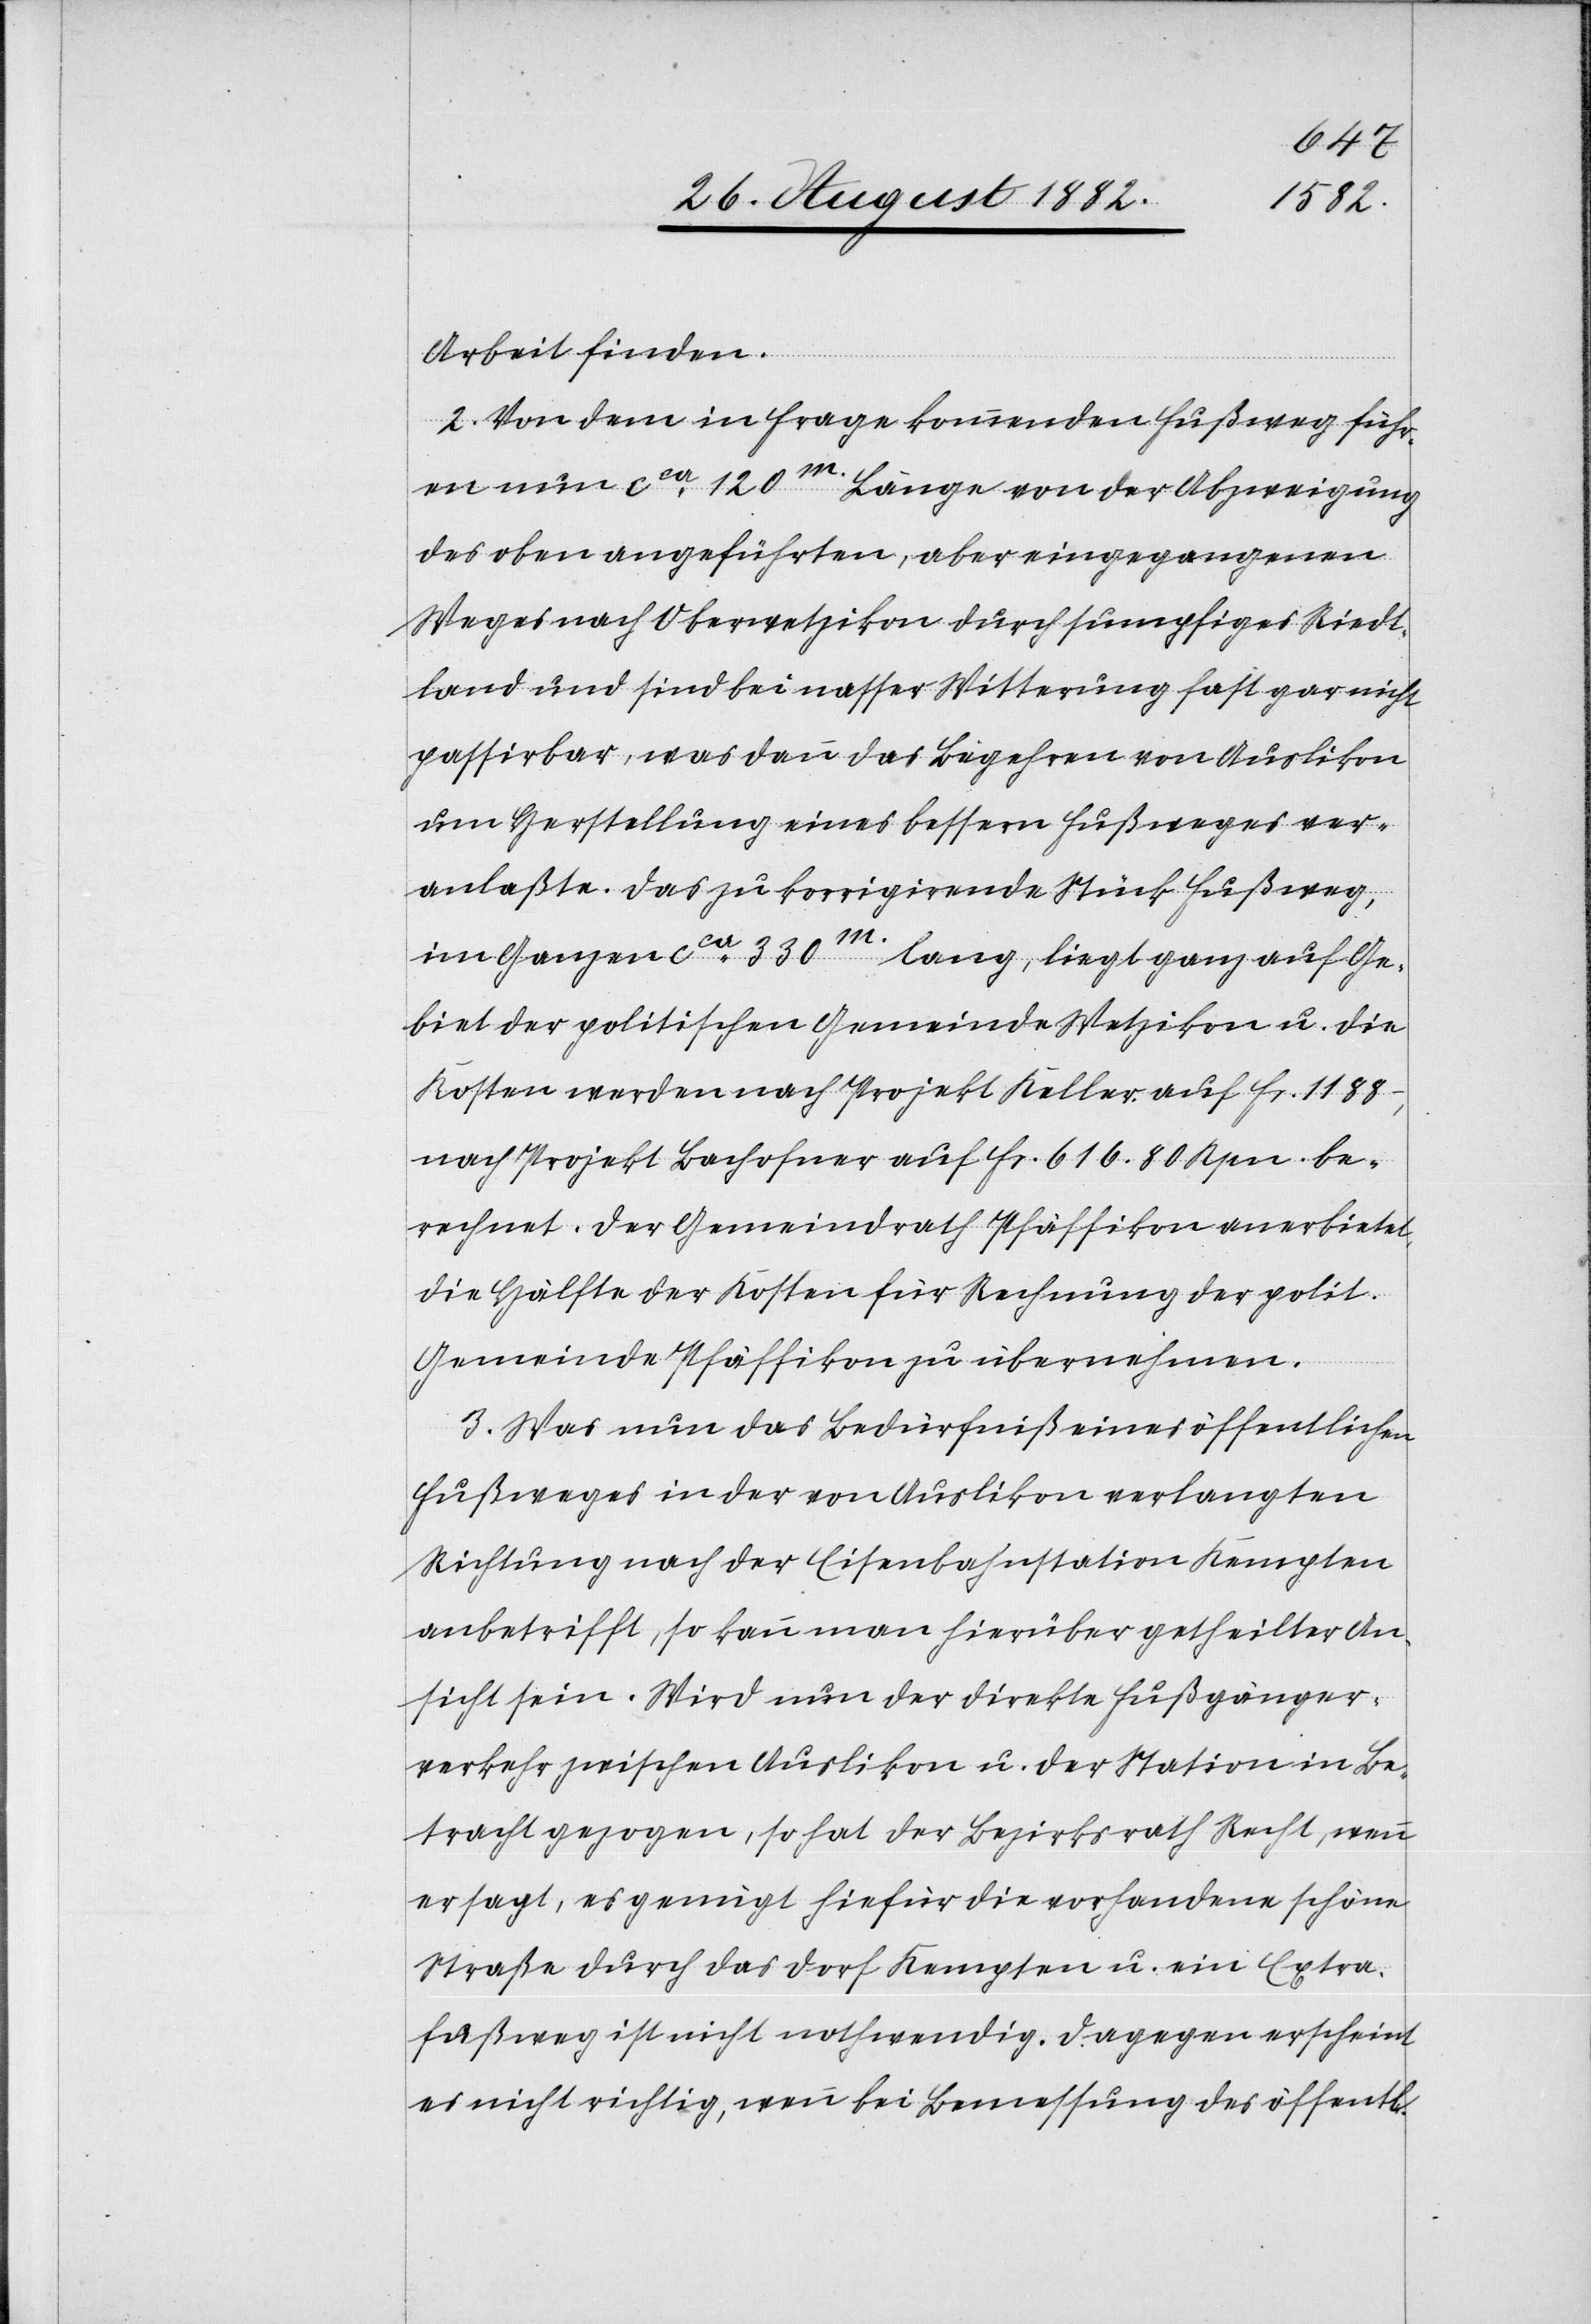
i[chen]
Arbeit finden.
2. Von dem in Frage kommenden Fußweg führ¬
en nun ca 120m. Länge von der Abzweigung
des oben angeführten, aber eingegangenen
Weges nach Oberwetzikon durch sumpfiges Riedt¬
land und sind bei nasser Witterung fast gar nicht
passirbar, was dann das Begehren von Auslikon
um Herstellung eines bessern Fußweges ver¬
anlaßte. Das zu korrigirende Stück Fußweg,
im Ganzen ca 330m. lang, liegt ganz auf Ge¬
biet der politischen Gemeinde Wetzikon u. die
Kosten werden nach Projekt Keller auf Fr. 1188
nach Projekt Bachofner auf Fr. 616. 80 Rpn. be¬
rechnet. Der Gemeindrath Pfäffikon anerbietet,
die Hälfte der Kosten für Rechnung der polit.
Gemeinde Pfäffikon zu übernehmen.
3. Was nun das Bedürfniß eines öffentlichen
Fußweges in der von Auslikon verlangten
Richtung nach der Eisenbahnstation Kempten
anbetrifft, so kann man hierüber getheilter An¬
sicht sein. Wird nun der direkte Fußgänger¬
verkehr zwischen Auslikon u. der Station in Be¬
tracht gezogen, so hat der Bezirksrath Recht, wenn
er sagt, es genügt hiefür die vorhandene schöne
Straße durch das Dorf Kempten u. ein Extra¬
fußweg ist nicht nothwendig. Dagegen erscheint
es nicht richtig, wenn bei Bemessung des öffentl¬